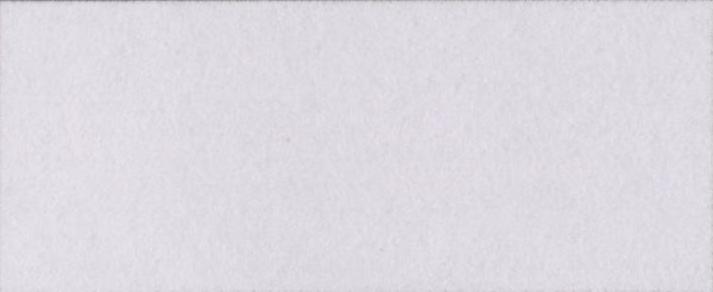
ब्रांडेड